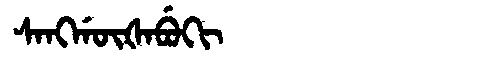
Manchu: ᠰᠠᠩᡤᡡᡧᠠᠪᡠᡴᡳ
Romanization: SANGGŪŠABUKI